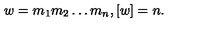
w = m _ { 1 } m _ { 2 } \ldots m _ { n } , [ w ] = n .